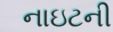
નાઇટની